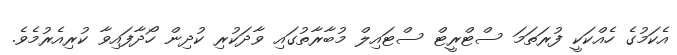
އެކަމުގެ ހެއްކަކީ ފުރަތަމަ ސްޓްރީޓް ސްޓައިލް މުބާރާތުގައި ވާދަކުރި ކުދިން ހޯދާފައިވާ ކުރިއެރުމެވެ.